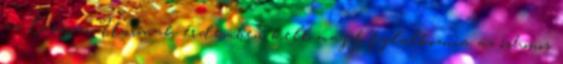
az Európai Uniónak érdemben kell majd foglalkoznia az őshonos